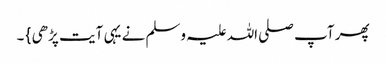
پھر آپ صلی اللہ علیہ وسلم نے یہی آیت پڑھی } ۔